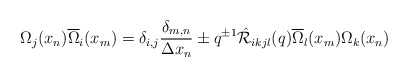
\begin{align*}\Omega_{j}(x_{n})\overline{\Omega}_{i}(x_{m})=\delta_{i,j}\frac{\delta_{m,n}}{\Delta x_{n}}\pm q^{\pm 1}\hat{{\cal R}}_{ikjl}(q)\overline{\Omega}_{l}(x_{m})\Omega_{k}(x_{n})\end{align*}